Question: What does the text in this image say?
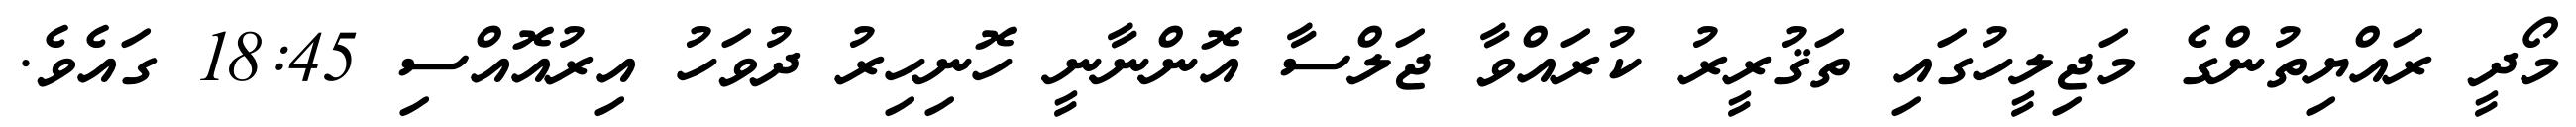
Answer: މޯދީ ރައްޔިތުންގެ މަޖިލީހުގައި ތަޤުރީރު ކުރައްވާ ޖަލްސާ އޮންނާނީ ހޮނިހިރު ދުވަހު އިރުއޮއްސި 18:45 ގައެވެ.